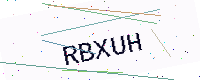
Text: RBXUH